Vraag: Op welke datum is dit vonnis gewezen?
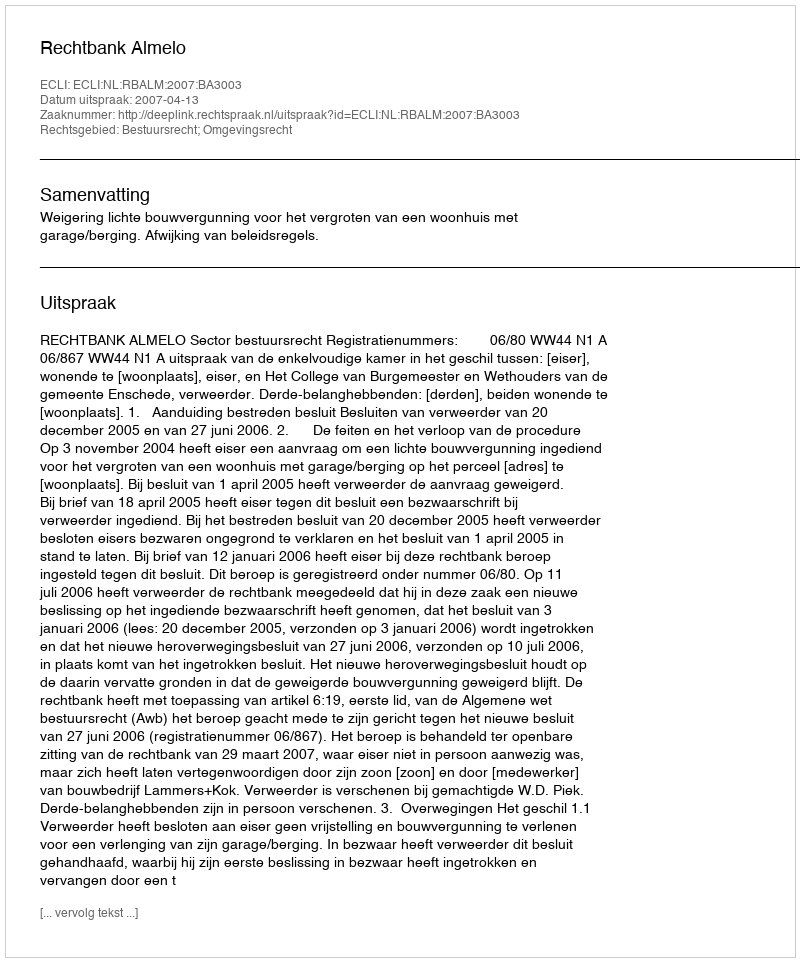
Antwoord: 2007-04-13